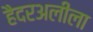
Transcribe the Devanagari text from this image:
हैदरअलीला